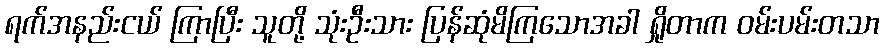
ရက်အနည်းငယ် ကြာပြီး သူတို့ သုံးဦးသား ပြန်ဆုံမိကြသောအခါ ရှိုတာက ဝမ်းပမ်းတသာ